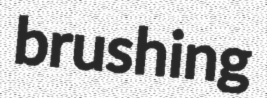
brushing